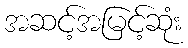
အဆင့်အမြင့်ဆုံး